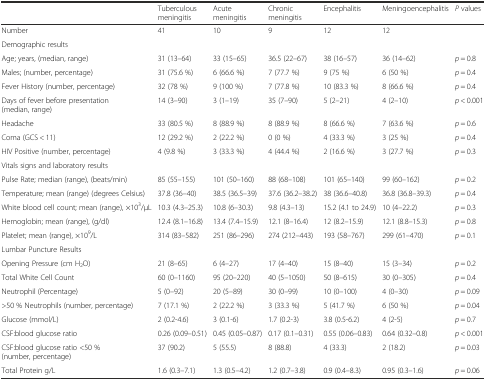
<table><thead><tr><td></td><td><b>Tuberculous meningitis</b></td><td><b>Acute meningitis</b></td><td><b>Chronic meningitis</b></td><td><b>Encephalitis</b></td><td><b>Meningoencephalitis</b></td><td><b><i>P</i> values</b></td></tr></thead><tbody><tr><td>Number</td><td>41</td><td>10</td><td>9</td><td>12</td><td>12</td><td></td></tr><tr><td>Demographic results</td><td></td><td></td><td></td><td></td><td></td><td></td></tr><tr><td>Age; years, (median, range)</td><td>31 (13–64)</td><td>33 (15–65)</td><td>36.5 (22–67)</td><td>38 (16–57)</td><td>36 (14–62)</td><td><i>p</i> = 0.8</td></tr><tr><td>Males; (number, percentage)</td><td>31 (75.6 %)</td><td>6 (66.6 %)</td><td>7 (77.7 %)</td><td>9 (75 %)</td><td>6 (50 %)</td><td><i>p</i> = 0.4</td></tr><tr><td>Fever History (number, percentage)</td><td>32 (78 %)</td><td>9 (100 %)</td><td>7 (77.8 %)</td><td>10 (83.3 %)</td><td>8 (66.6 %)</td><td><i>p</i> = 0.4</td></tr><tr><td>Days of fever before presentation (median, range)</td><td>14 (3–90)</td><td>3 (1–19)</td><td>35 (7–90)</td><td>5 (2–21)</td><td>4 (2–10)</td><td><i>p</i> &lt; 0.001</td></tr><tr><td>Headache</td><td>33 (80.5 %)</td><td>8 (88.9 %)</td><td>8 (88.9 %)</td><td>8 (66.6 %)</td><td>7 (63.6 %)</td><td><i>p</i> = 0.6</td></tr><tr><td>Coma (GCS &lt; 11)</td><td>12 (29.2 %)</td><td>2 (22.2 %)</td><td>0 (0 %)</td><td>4 (33.3 %)</td><td>3 (25 %)</td><td><i>p</i> = 0.4</td></tr><tr><td>HIV Positive (number, percentage)</td><td>4 (9.8 %)</td><td>3 (33.3 %)</td><td>4 (44.4 %)</td><td>2 (16.6 %)</td><td>3 (27.7 %)</td><td><i>p</i> = 0.3</td></tr><tr><td>Vitals signs and laboratory results</td><td></td><td></td><td></td><td></td><td></td><td></td></tr><tr><td>Pulse Rate; median (range), (beats/min)</td><td>85 (55–155)</td><td>101 (50–160)</td><td>88 (68–108)</td><td>101 (65–140)</td><td>99 (60–162)</td><td><i>p</i> = 0.2</td></tr><tr><td>Temperature; mean (range) (degrees Celsius)</td><td>37.8 (36–40)</td><td>38.5 (36.5–39)</td><td>37.6 (36.2–38.2)</td><td>38 (36.6–40.8)</td><td>36.8 (36.8–39.3)</td><td><i>p</i> = 0.4</td></tr><tr><td>White blood cell count; mean (range), ×10<sup>3</sup>/μL</td><td>10.3 (4.3–25.3)</td><td>10.8 (6–30.3)</td><td>9.8 (4.3–13)</td><td>15.2 (4.1 to 24.9)</td><td>10 (4–22.2)</td><td><i>p</i> = 0.3</td></tr><tr><td>Hemoglobin; mean (range), (g/dl)</td><td>12.4 (8.1–16.8)</td><td>13.4 (7.4–15.9)</td><td>12.1 (8–16.4)</td><td>12 (8.2–15.9)</td><td>12.1 (8.8–15.3)</td><td><i>p</i> = 0.8</td></tr><tr><td>Platelet; mean (range), ×10<sup>9</sup>/L</td><td>314 (83–582)</td><td>251 (86–296)</td><td>274 (212–443)</td><td>193 (58–767)</td><td>299 (61–470)</td><td><i>p</i> = 0.1</td></tr><tr><td>Lumbar Puncture Results</td><td></td><td></td><td></td><td></td><td></td><td></td></tr><tr><td>Opening Pressure (cm H<sub>2</sub>O)</td><td>21 (8–65)</td><td>6 (4–27)</td><td>17 (4–40)</td><td>15 (8–40)</td><td>15 (3–34)</td><td><i>p</i> = 0.2</td></tr><tr><td>Total White Cell Count</td><td>60 (0–1160)</td><td>95 (20–220)</td><td>40 (5–1050)</td><td>50 (8–615)</td><td>30 (0–305)</td><td><i>p</i> = 0.4</td></tr><tr><td>Neutrophil (Percentage)</td><td>5 (0–92)</td><td>20 (5–89)</td><td>30 (0–99)</td><td>10 (0–100)</td><td>4 (0–30)</td><td><i>p</i> = 0.09</td></tr><tr><td>&gt;50 % Neutrophils (number, percentage)</td><td>7 (17.1 %)</td><td>2 (22.2 %)</td><td>3 (33.3 %)</td><td>5 (41.7 %)</td><td>6 (50 %)</td><td><i>p</i> = 0.04</td></tr><tr><td>Glucose (mmol/L)</td><td>2 (0.2-4.6)</td><td>3 (0.1-6)</td><td>1.7 (0.2-3)</td><td>3.8 (0.5-6.2)</td><td>4 (2-5)</td><td><i>p</i> = 0.7</td></tr><tr><td>CSF:blood glucose ratio</td><td>0.26 (0.09–0.51)</td><td>0.45 (0.05–0.87)</td><td>0.17 (0.1–0.31)</td><td>0.55 (0.06–0.83)</td><td>0.64 (0.32–0.8)</td><td><i>p</i> &lt; 0.001</td></tr><tr><td>CSF:blood glucose ratio &lt;50 % (number, percentage)</td><td>37 (90.2)</td><td>5 (55.5)</td><td>8 (88.8)</td><td>4 (33.3)</td><td>2 (18.2)</td><td><i>p</i> = 0.03</td></tr><tr><td>Total Protein g/L</td><td>1.6 (0.3–7.1)</td><td>1.3 (0.5–4.2)</td><td>1.2 (0.7–3.8)</td><td>0.9 (0.4–8.3)</td><td>0.95 (0.3–1.6)</td><td><i>p</i> = 0.06</td></tr></tbody></table>